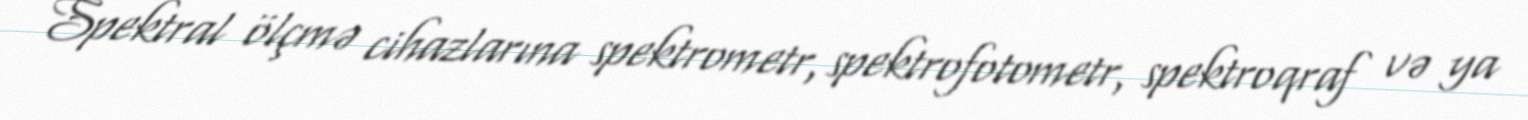
Spektral ölçmə cihazlarına spektrometr, spektrofotometr, spektroqraf və ya